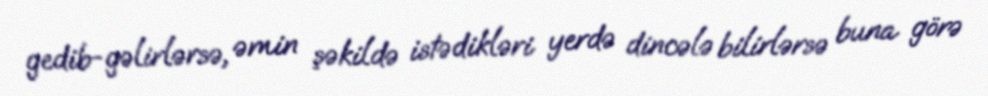
gedib-gəlirlərsə, əmin şəkildə istədikləri yerdə dincələ bilirlərsə buna görə